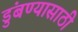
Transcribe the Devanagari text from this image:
डुंबण्यासाठी